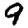
Digit: 9